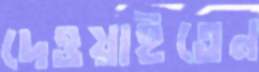
দেওয়াইতেন